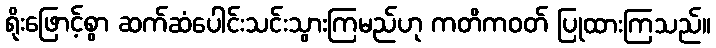
ရိုးဖြောင့်စွာ ဆက်ဆံပေါင်းသင်းသွားကြမည်ဟု ကတိကဝတ် ပြုထားကြသည်။